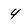
Character: 4